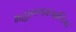
મહાનગ૨પાલિકા